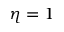
\eta = 1